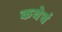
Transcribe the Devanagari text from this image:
कथेचं